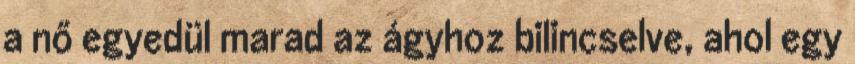
a nő egyedül marad az ágyhoz bilincselve, ahol egy